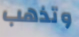
وتذهب